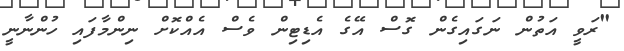
"ރަވީ އަތުން ނަގައިގެން ގޮސް އޭގެ އެޑިޓިން ވެސް އެއްކޮށް ނިންމާފައި ހުންނާނީ